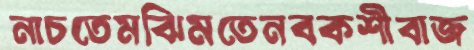
নাচতেমঝিমতেনবকশীবাজ